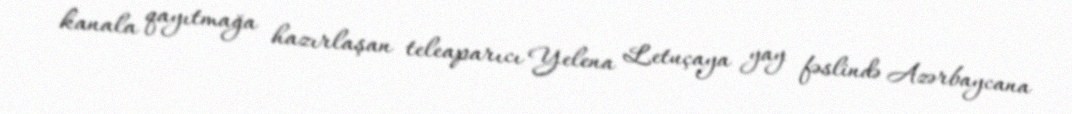
kanala qayıtmağa hazırlaşan teleaparıcı Yelena Letuçaya yay fəslində Azərbaycana